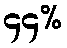
၄၄%